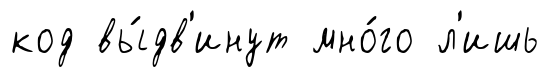
код вы́дв'инут мно́го л'ишь